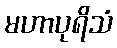
မဟာပုရိသံ